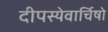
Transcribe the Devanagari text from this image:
दीपस्येवार्चिषो